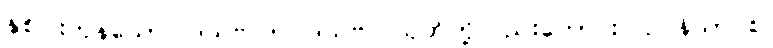
နှစ်ပါးကုန်သော။ ဒသဗလာ၊ ဒသဗလသုတ်တို့လည်းကောင်း။ ဥပနိသာ စ၊